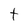
Character: t